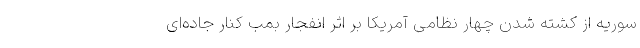
سوریه از کشته شدن چهار نظامی آمریکا بر اثر انفجار بمب کنار جاده‌ای